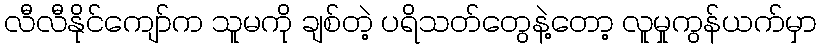
လီလီနိုင်ကျော်က သူမကို ချစ်တဲ့ ပရိသတ်တွေနဲ့တော့ လူမှုကွန်ယက်မှာ